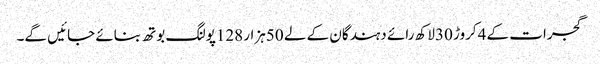
گجرات کے 4کروڑ 30لاکھ رائے دہندگان کے لے 50ہزار 128پولنگ بوتھ بنائے جائیں گے۔